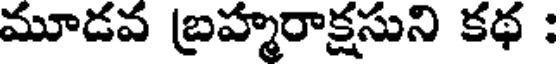
మూడవ బ్రహ్మరాక్షసుని కథ :